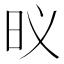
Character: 𮲛